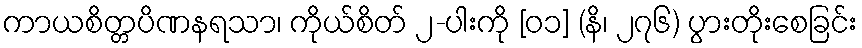
ကာယစိတ္တပိဏနရသာ၊ ကိုယ်စိတ် ၂-ပါးကို [၀၁] (နိ၊ ၂၇၆) ပွားတိုးစေခြင်း